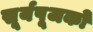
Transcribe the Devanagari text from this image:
सूर्यपूजको